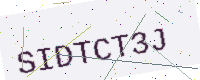
Text: SIDTCT3J